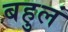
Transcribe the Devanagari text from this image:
बहुलं